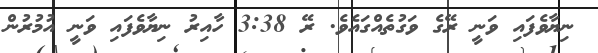
ނިޔާވެފައި ވަނީ ރޭގެ ވަގުތެއްގައެވެ. ރޭ 3:38 ހާއިރު ނިޔާވެފައި ވަނީ އުމުރުން